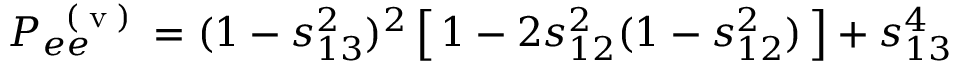
P _ { e e } ^ { \mathrm { ~ \tiny ~ ( ~ v ~ ) ~ } } = ( 1 - s _ { 1 3 } ^ { 2 } ) ^ { 2 } \left[ \, 1 - 2 s _ { 1 2 } ^ { 2 } ( 1 - s _ { 1 2 } ^ { 2 } ) \, \right] + s _ { 1 3 } ^ { 4 }